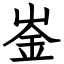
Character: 崟